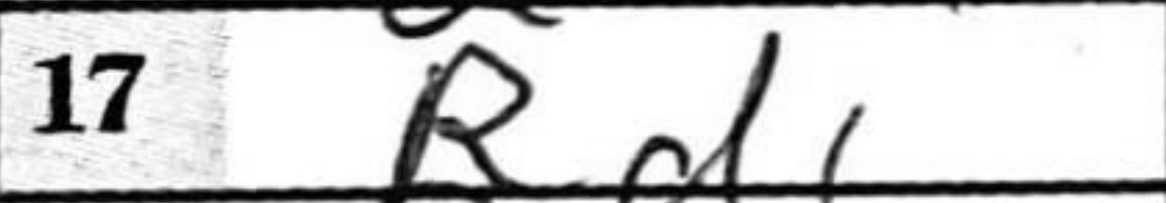
Transcription: Rd1